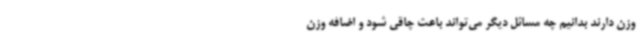
وزن دارند بدانیم چه مسائل دیگر می‌تواند باعث چاقی شود و اضافه وزن